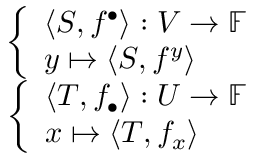
\begin{array} { r } { { \left\{ \begin{array} { l l } { \langle S , f ^ { \bullet } \rangle : V \to \mathbb { F } } \\ { y \mapsto \langle S , f ^ { y } \rangle } \end{array} \right. } } \\ { { \left\{ \begin{array} { l l } { \langle T , f _ { \bullet } \rangle : U \to \mathbb { F } } \\ { x \mapsto \langle T , f _ { x } \rangle } \end{array} \right. } } \end{array}